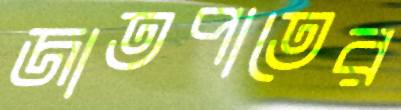
জাতপাতের